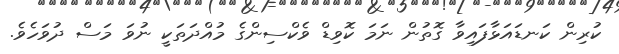
ކުރިން ކަނޑައަޅާފައިވާ ގޮތުން ނަމަ ކޮވިޑް ވެކްސިންގެ މުއްދަތަކީ ނުވަ މަސް ދުވަހެވެ.